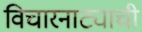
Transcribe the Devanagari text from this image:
विचारनाट्याची